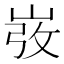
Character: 𡸅